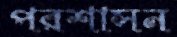
পরশাসন